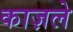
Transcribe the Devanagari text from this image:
काज़ले